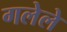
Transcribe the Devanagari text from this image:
गलेले